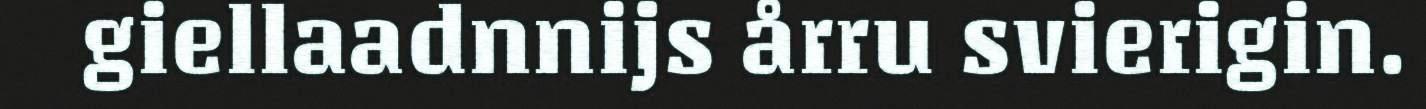
giellaadnnijs årru svierigin.